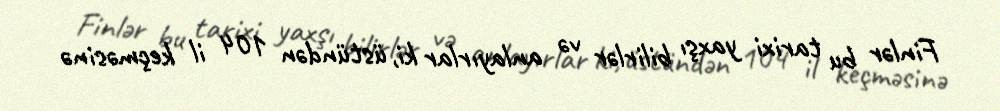
Finlər bu tarixi yaxşı bilirlər və anlayırlar ki, üstündən 104 il keçməsinə